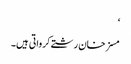
‘
مسز خان رشتے کرواتی ہیں۔